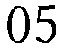
05